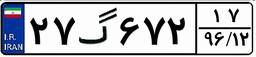
۲۷گ۶۷۲۱۷